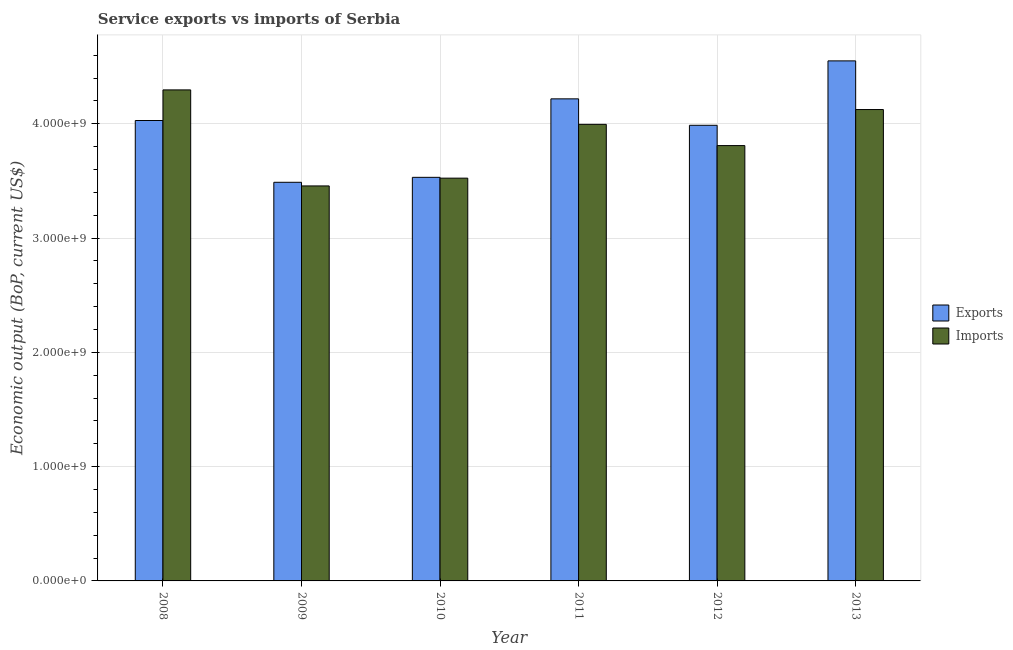
| Year | Exports | Imports |
 | --- | --- | --- |
 | 2008 | 4.03e+09 | 4.3e+09 |
 | 2009 | 3.49e+09 | 3.46e+09 |
 | 2010 | 3.53e+09 | 3.52e+09 |
 | 2011 | 4.22e+09 | 3.99e+09 |
 | 2012 | 3.99e+09 | 3.81e+09 |
 | 2013 | 4.55e+09 | 4.12e+09 |